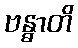
ဗန္ဓာတိ